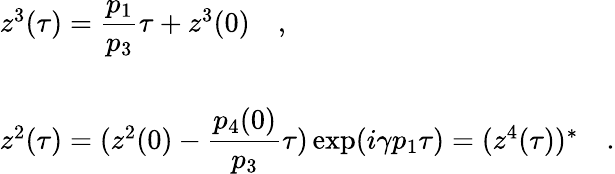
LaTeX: \begin{array}{l}{{z^{3}(\tau)={\displaystyle\frac{p_{1}}{p_{3}}}\tau+z^{3}(0)\quad,}}\\ {{\, }}\\ {{z^{2}(\tau)=(z^{2}(0)-{\displaystyle\frac{p_{4}(0)}{p_{3}}}\tau)\exp(i\gamma p_{1}\tau)=(z^{4}(\tau))^{*}\quad.}}\end{array}